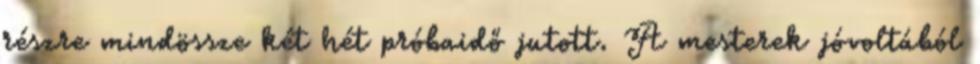
részre mindössze két hét próbaidő jutott. A mesterek jóvoltából